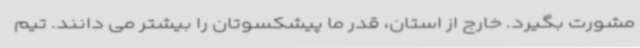
مشورت بگیرد. خارج از استان، قدر ما پیشکسوتان را بیشتر می دانند. تیم